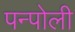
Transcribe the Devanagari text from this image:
पन्पोली